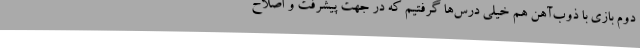
دوم بازی با ذوب‌آهن هم خیلی درس‌ها گرفتیم که در جهت پیشرفت و اصلاح